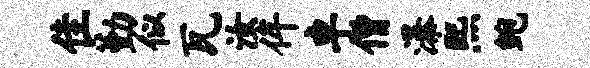
隹勤似瓦汝侔卓僧瀑熙鲍